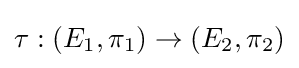
\tau :(E_{1},\pi _{1})\to (E_{2},\pi _{2})